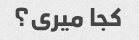
کجا میری؟